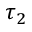
\tau _ { 2 }